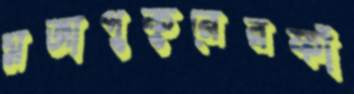
মজাপুকুরেরফাঁ